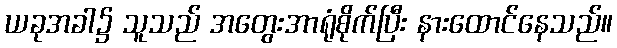
ယခုအခါ၌ သူသည် အတွေးအာရုံစိုက်ပြီး နားထောင်နေသည်။